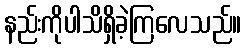
နည်းကိုပါသိရှိခဲ့ကြလေသည်။